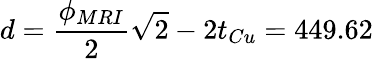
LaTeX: d=\frac{\phi_{MRI}}{2}\sqrt{2}-2t_{Cu}=449.62